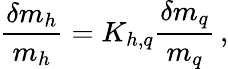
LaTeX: \frac{\delta m_{h}}{m_{h}}=K_{h,q}\frac{\delta m_{q}}{m_{q}}\, ,